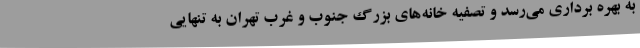
به بهره برداری می‌رسد و تصفیه خانه‌های بزرگ جنوب و غرب تهران به تنهایی